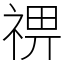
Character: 𥚈